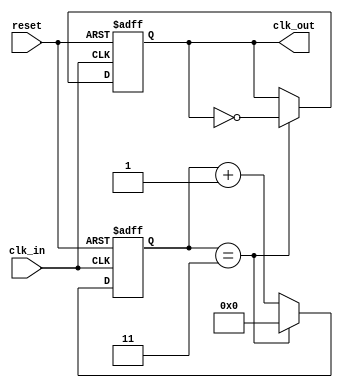
module ClockDivider #(
    parameter N = 4  // Division factor, can be set at instantiation
)(
    input wire clk_in,  // Input clock signal
    input wire reset,    // Asynchronous reset signal
    output reg clk_out   // Output clock signal
);

    reg [31:0] counter;  // Internal counter

    // Asynchronous reset and clock divider logic
    always @(posedge clk_in or posedge reset) begin
        if (reset) begin
            counter <= 0;    // Reset counter
            clk_out <= 0;    // Reset output clock
        end else begin
            if (counter == (N - 1)) begin
                clk_out <= ~clk_out; // Toggle output clock
                counter <= 0;         // Reset counter
            end else begin
                counter <= counter + 1; // Increment counter
            end
        end
    end

endmodule